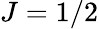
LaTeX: J=1/2